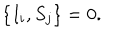
LaTeX: \left\lbrace I _ { i } , S _ { j } \right\rbrace = 0 .